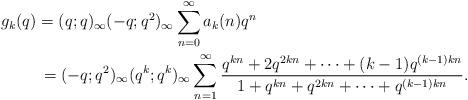
LaTeX: \begin{align*} &g_k(q) = (q;q)_\infty (-q;q^2)_\infty \sum_{n=0}^\infty a_k(n)q^n\\ &\qquad\ =(-q;q^2)_\infty (q^{k};q^{k})_\infty\sum_{n=1}^{\infty}\frac{q^{kn} + 2q^{2kn} +\dots+ (k-1)q^{(k-1)kn}}{1 + q^{kn} + q^{2kn} +\dots+ q^{(k-1)kn}}.\end{align*}